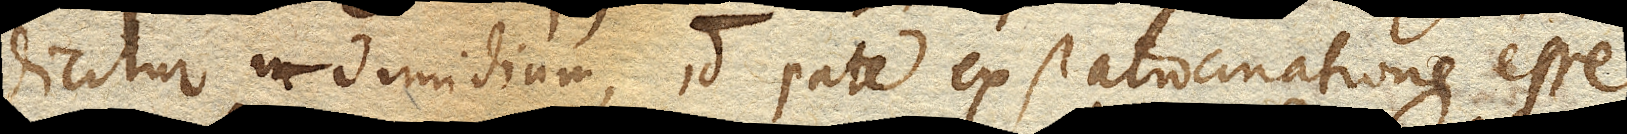
dicitur in dimidium, id parte ex ratiocinatione esse